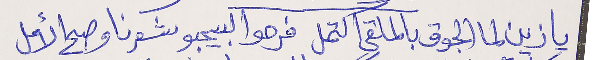
يا زين لما الجوق بالملقى اكتمل فرحو البيحبو شعرنا وصح الأمل